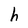
Character: h